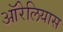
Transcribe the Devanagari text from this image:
ऑरेलियास